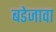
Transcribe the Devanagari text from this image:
बडेजावा